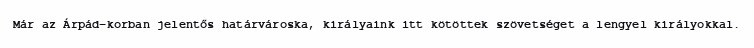
Már az Árpád-korban jelentős határvároska, királyaink itt kötöttek szövetséget a lengyel királyokkal.